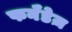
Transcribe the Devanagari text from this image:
फर्नॅंडेज़